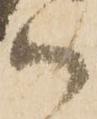
ハ